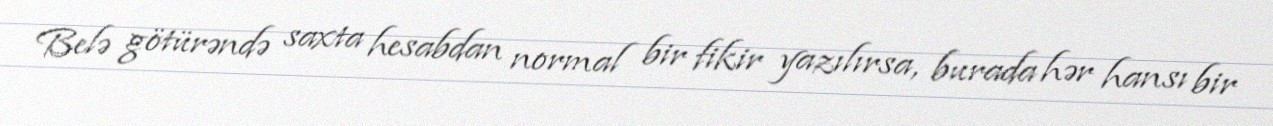
Belə götürəndə saxta hesabdan normal bir fikir yazılırsa, burada hər hansı bir